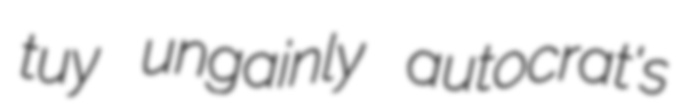
tuy ungainly autocrat's